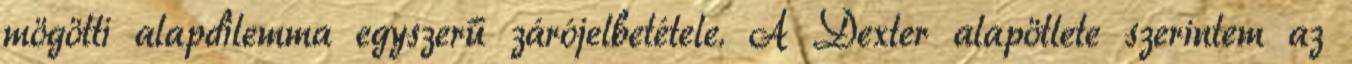
mögötti alapdilemma egyszerű zárójelbetétele. A Dexter alapötlete szerintem az